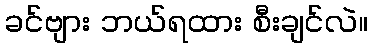
ခင်ဗျား ဘယ်ရထား စီးချင်လဲ။